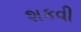
શકવી